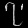
Digit: ၇